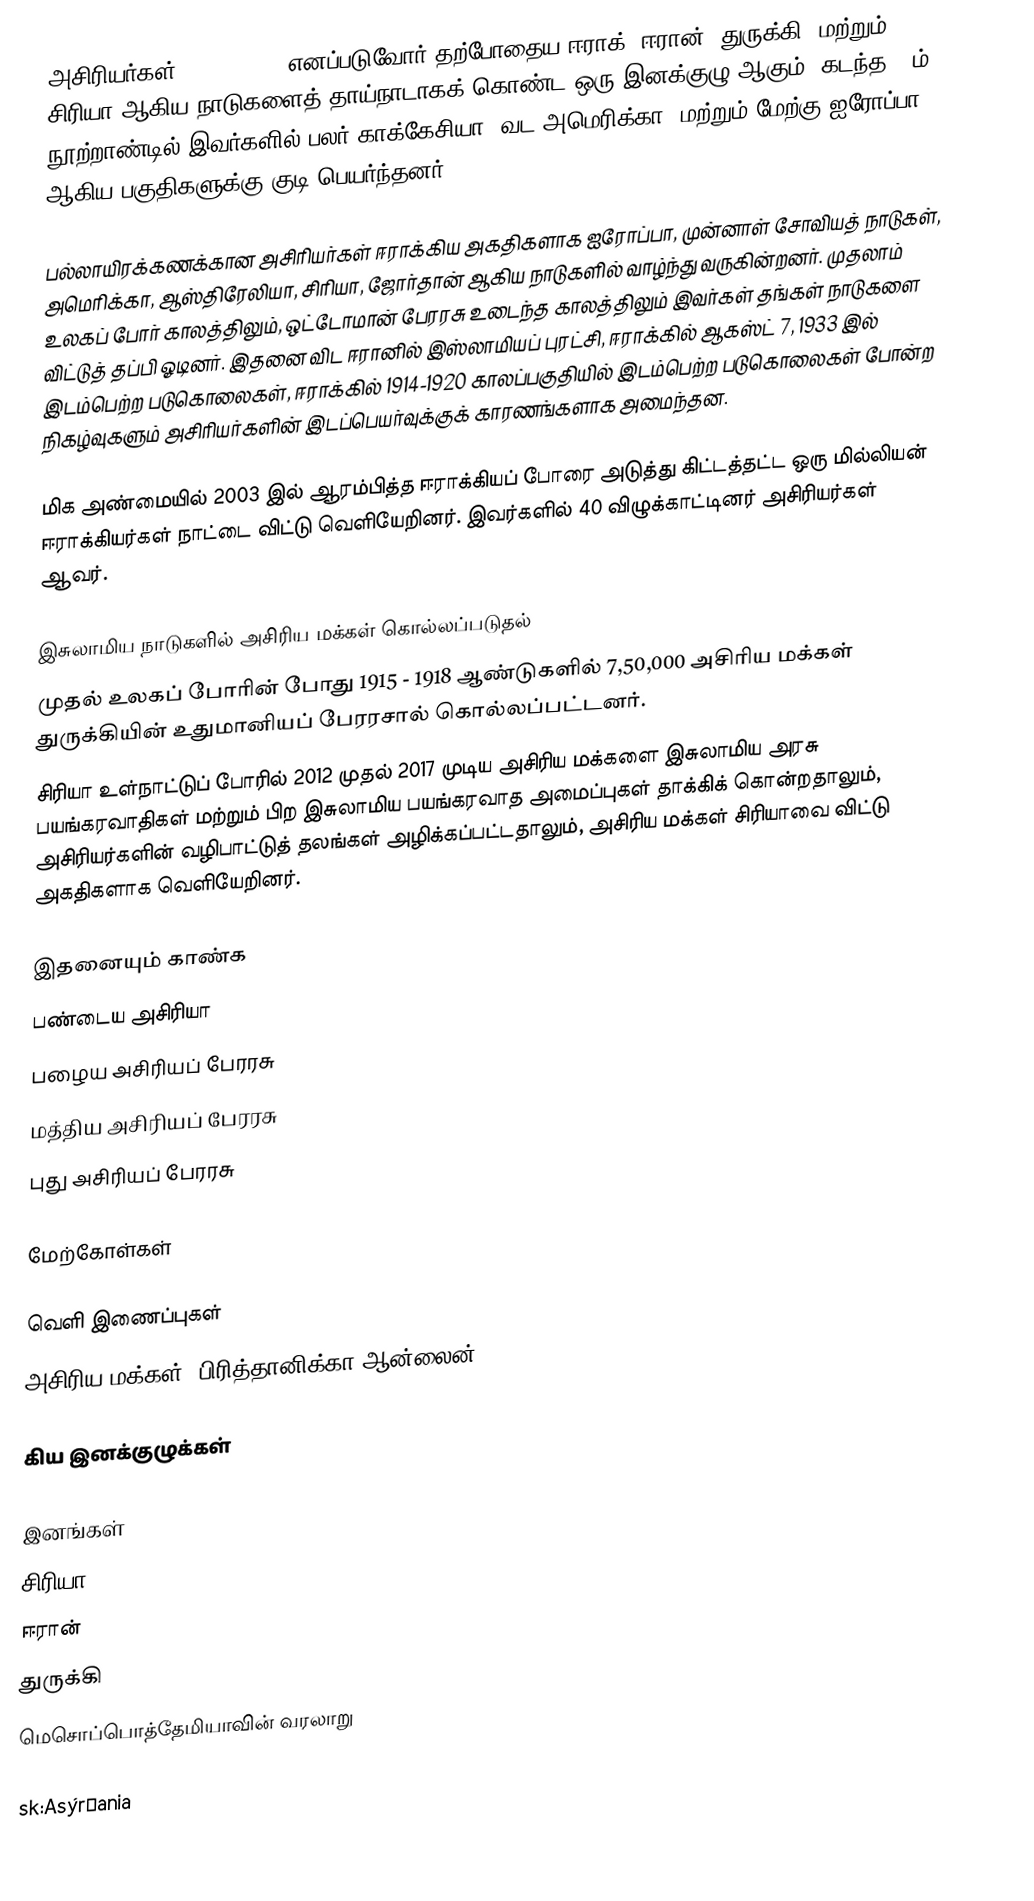
அசிரியர்கள் (Assyrians) எனப்படுவோர் தற்போதைய ஈராக், ஈரான், துருக்கி, மற்றும் சிரியா ஆகிய நாடுகளைத் தாய்நாடாகக் கொண்ட ஒரு இனக்குழு ஆகும். கடந்த 20ம் நூற்றாண்டில் இவர்களில் பலர் காக்கேசியா, வட அமெரிக்கா, மற்றும் மேற்கு ஐரோப்பா ஆகிய பகுதிகளுக்கு குடி பெயர்ந்தனர்.

பல்லாயிரக்கணக்கான அசிரியர்கள் ஈராக்கிய அகதிகளாக ஐரோப்பா, முன்னாள் சோவியத் நாடுகள், அமெரிக்கா, ஆஸ்திரேலியா, சிரியா, ஜோர்தான் ஆகிய நாடுகளில் வாழ்ந்து வருகின்றனர். முதலாம் உலகப் போர் காலத்திலும், ஒட்டோமான் பேரரசு உடைந்த காலத்திலும் இவர்கள் தங்கள் நாடுகளை விட்டுத் தப்பி ஓடினர். இதனை விட ஈரானில் இஸ்லாமியப் புரட்சி, ஈராக்கில் ஆகஸ்ட் 7, 1933 இல் இடம்பெற்ற படுகொலைகள், ஈராக்கில் 1914-1920 காலப்பகுதியில் இடம்பெற்ற படுகொலைகள் போன்ற நிகழ்வுகளும் அசிரியர்களின் இடப்பெயர்வுக்குக் காரணங்களாக அமைந்தன.

மிக அண்மையில் 2003 இல் ஆரம்பித்த ஈராக்கியப் போரை அடுத்து கிட்டத்தட்ட ஒரு மில்லியன் ஈராக்கியர்கள் நாட்டை விட்டு வெளியேறினர். இவர்களில் 40 விழுக்காட்டினர் அசிரியர்கள் ஆவர்.

இசுலாமிய நாடுகளில் அசிரிய மக்கள் கொல்லப்படுதல்
 முதல் உலகப் போரின் போது 1915 - 1918 ஆண்டுகளில் 7,50,000  அசிரிய மக்கள் துருக்கியின்  உதுமானியப் பேரரசால் கொல்லப்பட்டனர்.
 சிரியா உள்நாட்டுப் போரில் 2012 முதல் 2017 முடிய அசிரிய மக்களை இசுலாமிய அரசு பயங்கரவாதிகள் மற்றும் பிற இசுலாமிய பயங்கரவாத அமைப்புகள் தாக்கிக் கொன்றதாலும், அசிரியர்களின் வழிபாட்டுத் தலங்கள் அழிக்கப்பட்டதாலும்,  அசிரிய மக்கள் சிரியாவை விட்டு  அகதிகளாக வெளியேறினர்.

இதனையும் காண்க
 பண்டைய அசிரியா
 பழைய அசிரியப் பேரரசு
 மத்திய அசிரியப் பேரரசு
 புது அசிரியப் பேரரசு

மேற்கோள்கள்

வெளி இணைப்புகள்
 அசிரிய மக்கள், பிரித்தானிக்கா ஆன்லைன்

கிய இனக்குழுக்கள்

இனங்கள்
சிரியா
ஈரான்
துருக்கி
மெசொப்பொத்தேமியாவின் வரலாறு

sk:Asýrčania